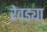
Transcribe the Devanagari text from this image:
रेवड्या